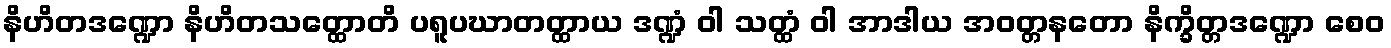
နိဟိတဒဏ္ဍော နိဟိတသတ္ထောတိ ပရူပဃာတတ္ထာယ ဒဏ္ဍံ ဝါ သတ္ထံ ဝါ အာဒါယ အဝတ္တနတော နိက္ခိတ္တဒဏ္ဍော စေဝ